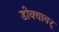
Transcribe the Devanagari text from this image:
डोक्यावर्